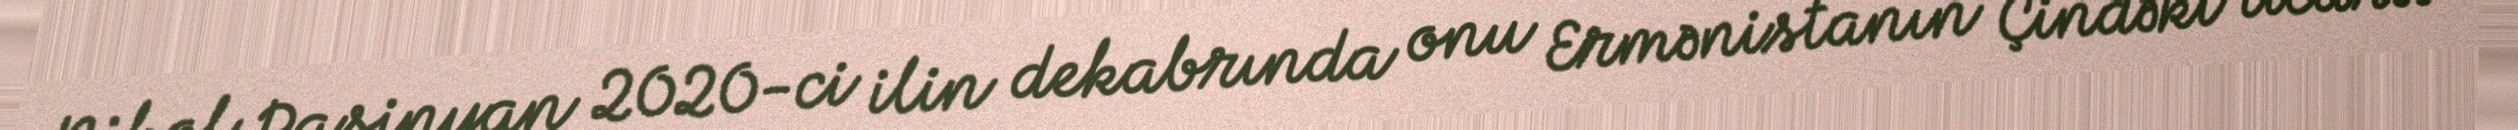
Nikol Paşinyan 2020-ci ilin dekabrında onu Ermənistanın Çindəki ticarət